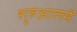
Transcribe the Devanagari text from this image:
शुरुआतमें